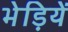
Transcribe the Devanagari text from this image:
भेड़ियें